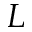
L